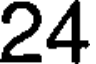
24